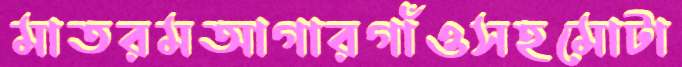
মাতরমআগারগাঁওসহমোটা